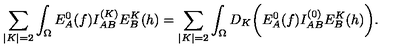
\sum _ { | K | = 2 } \int _ { \Omega } E _ { A } ^ { 0 } ( f ) I _ { A B } ^ { ( K ) } E _ { B } ^ { K } ( h ) = \sum _ { | K | = 2 } \int _ { \Omega } D _ { K } \biggl ( E _ { A } ^ { 0 } ( f ) I _ { A B } ^ { ( 0 ) } E _ { B } ^ { K } ( h ) \biggr ) .